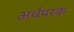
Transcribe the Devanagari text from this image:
अर्थपरक